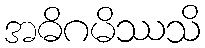
အဓိဂမိဿသိ